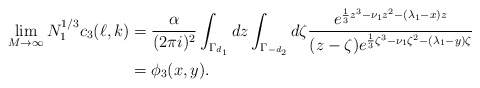
\begin{align*}\lim_{M\to\infty}N_1^{1/3}c_3(\ell,k)&=\frac{\alpha}{(2\pi i)^2}\int_{\Gamma_{d_1}}dz\int_{\Gamma_{-d_2}}d\zeta\frac{e^{\frac 13z^3- \nu_1 z^2- (\lambda_1-x)z}}{(z-\zeta)e^{\frac 13\zeta^3- \nu_1 \zeta^2- (\lambda_1-y)\zeta}}\\&=\phi_3(x,y).\end{align*}